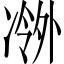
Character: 𫥖